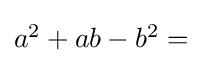
\textstyle a^{2}+ab-b^{2}={}\!